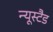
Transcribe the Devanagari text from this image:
न्यूस्टैड